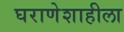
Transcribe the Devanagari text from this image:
घराणेशाहीला